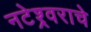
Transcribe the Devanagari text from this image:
नटेश्र्वराचे